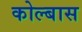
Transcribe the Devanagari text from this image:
कोल्बास